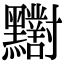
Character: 𪓁